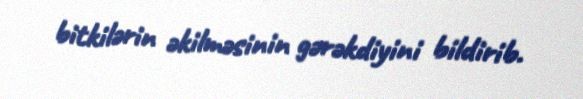
bitkilərin əkilməsinin gərəkdiyini bildirib.